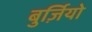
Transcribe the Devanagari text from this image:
बुर्ज़ियो